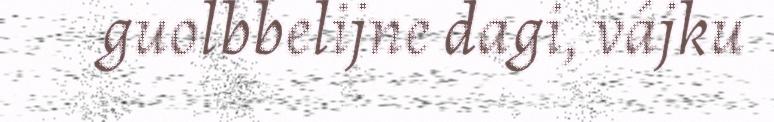
guolbbelijne dagi, vájku